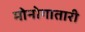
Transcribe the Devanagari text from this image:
मोनोगातारी